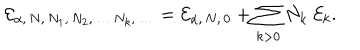
{ \cal E } _ { \alpha , \, N , \, N _ { 1 } , \, N _ { 2 } , \, \dots \, N _ { k } , \, \dots } = { \cal E } _ { \alpha , \, N , \, 0 } + \sum _ { k > 0 } N _ { k } \ { \cal E } _ { k } .